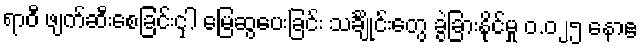
ရာဝီ ဖျက်ဆီးစေခြင်းငှါ မြေဆွပေးခြင်း သင်္ချိုင်းတွေ ခွဲခြားနိုင်မှု ၀.၀၂၅ နောဧ